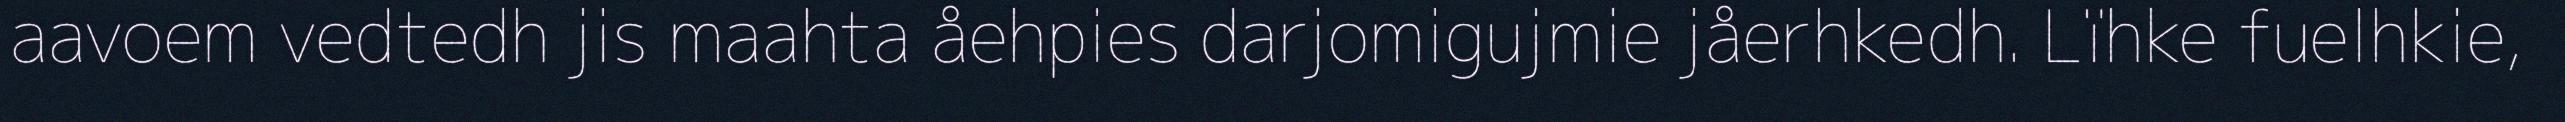
aavoem vedtedh jis maahta åehpies darjomigujmie jåerhkedh. Lïhke fuelhkie,